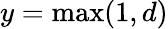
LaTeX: y=\operatorname*{max}(1,d)